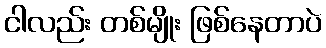
ငါလည်း တစ်မျိုး ဖြစ်နေတာပဲ